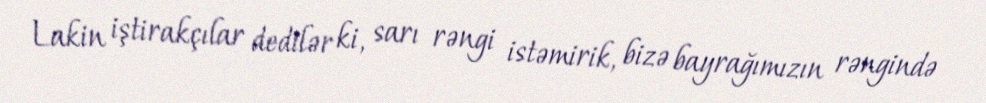
Lakin iştirakçılar dedilər ki, sarı rəngi istəmirik, bizə bayrağımızın rəngində